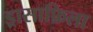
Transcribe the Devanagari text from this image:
ड्रासाफ़िला